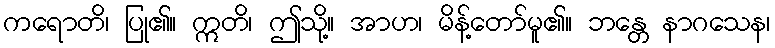
ကရောတိ၊ ပြု၏။ ဣတိ၊ ဤသို့။ အာဟ၊ မိန့်တော်မူ၏။ ဘန္တေ နာဂသေန၊